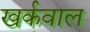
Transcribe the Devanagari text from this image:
खर्कवाल